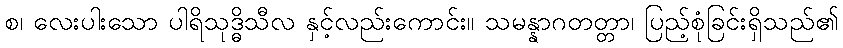
စ၊ လေးပါးသော ပါရိသုဒ္ဓိသီလ နှင့်လည်းကောင်း။ သမန္နာဂတတ္တာ၊ ပြည့်စုံခြင်းရှိသည်၏